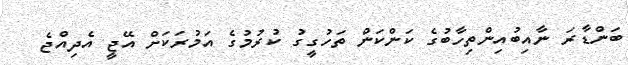
ބަންޑާރަ ނާއިބުއިންތިހާބުގެ ކަންކަން ތަހުގީގު ކުރުމުގެ އަމުރަކަށް އޭޖީ އެދިއްޖެ